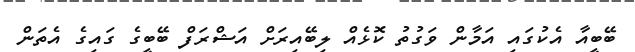
ބޭބީއާ އެކުގައި އަމާން ވަގުތު ކޮޅެއް ލިބޭއިރަށް އަޝްރަފް ބޭބީގެ ގައިގެ އެތަން